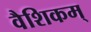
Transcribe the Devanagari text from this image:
वैशिकम्